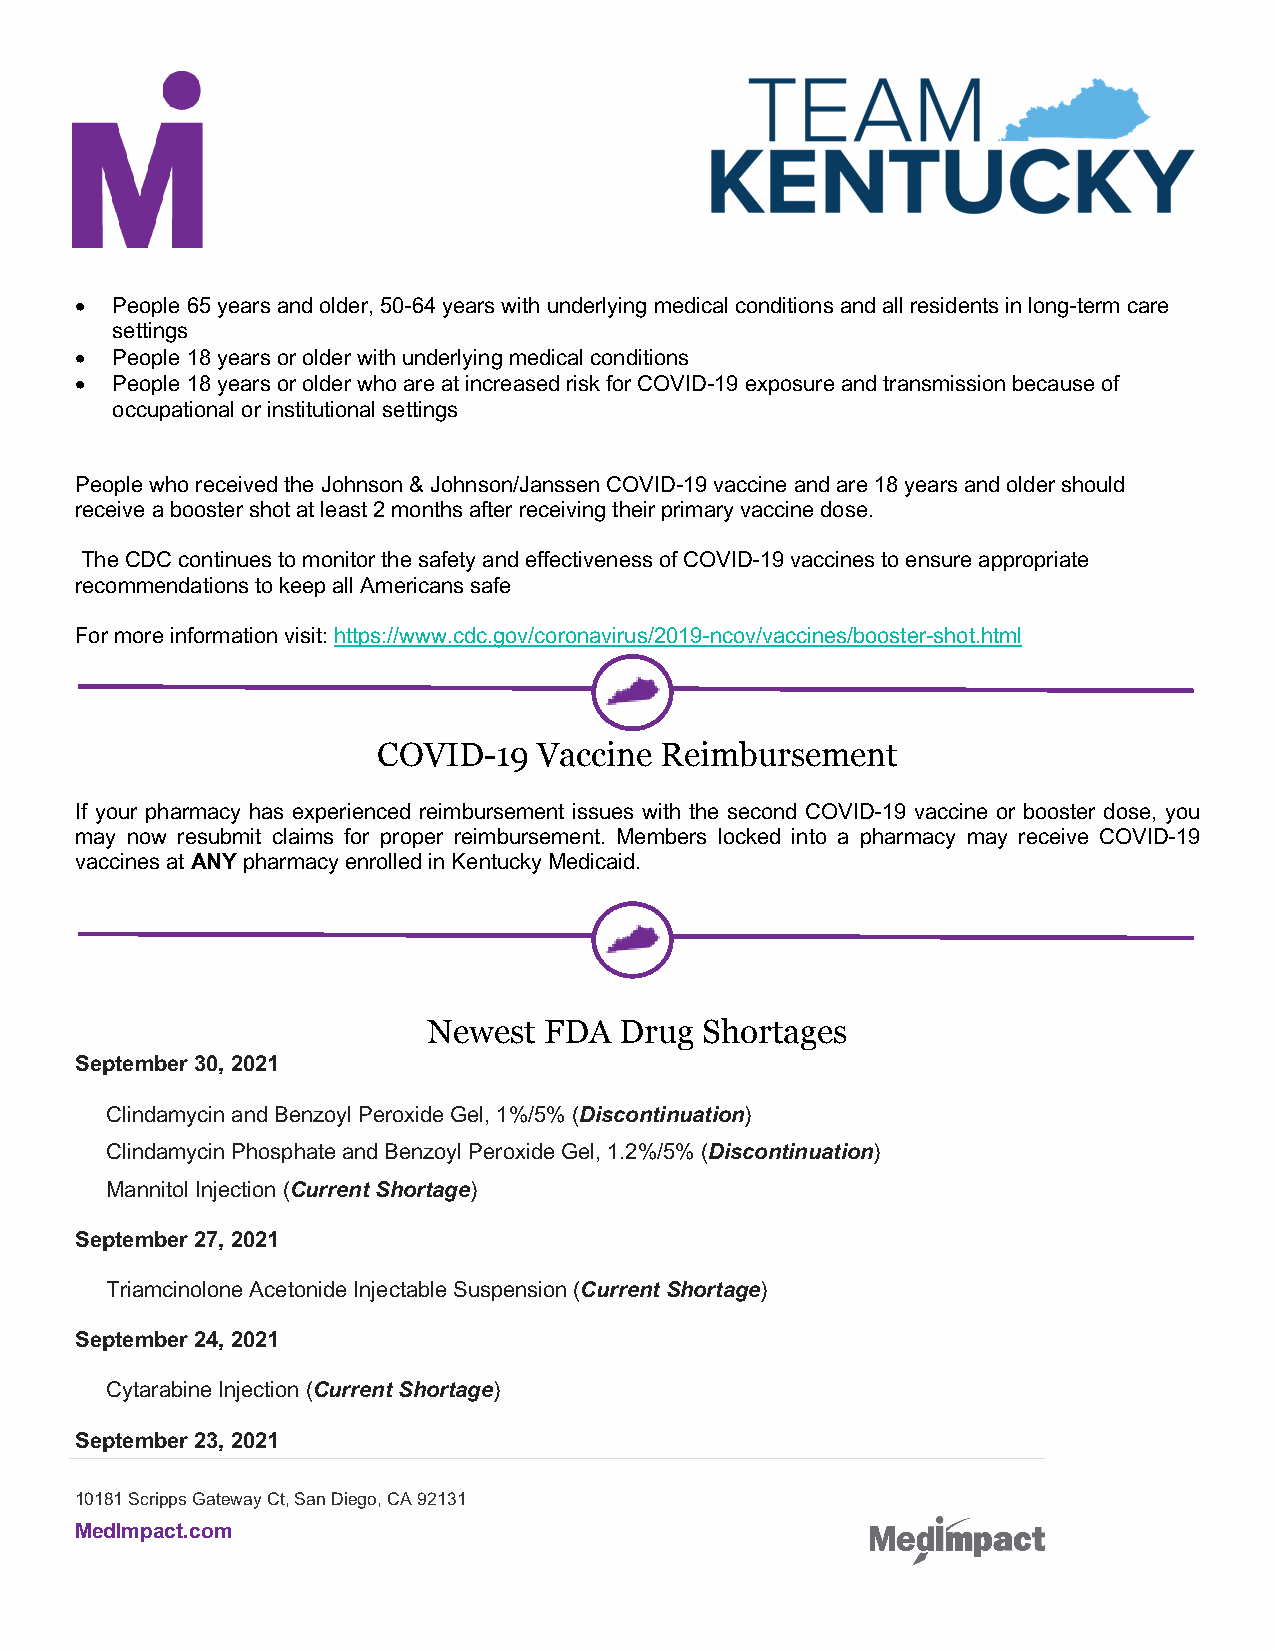
• People 65 years and older, 50-64 years with underlying medical conditions and all residents in long-term care
 settings
 • People 18 years or older with underlying medical conditions
 • People 18 years or older who are at increased risk for COVID-19 exposure and transmission because of
 occupational or institutional settings
 People who received the Johnson & Johnson/Janssen COVID-19 vaccine and are 18 years and older should
 receive a booster shot at least 2 months after receiving their primary vaccine dose.
 The CDC continues to monitor the safety and effectiveness of COVID-19 vaccines to ensure appropriate
 recommendations to keep all Americans safe
 For more information visit: https://www.cdc.gov/coronavirus/2019-ncov/vaccines/booster-shot.html
 COVID-19   Vaccine Reimbursement
 If your pharmacy has experienced reimbursement issues with the second COVID-19 vaccine or booster dose, you
 may now resubmit claims for proper reimbursement. Members locked into a pharmacy may receive COVID-19
 vaccines at ANY pharmacy enrolled in Kentucky Medicaid.
 Newest  FDA  Drug Shortages
 September 30, 2021
 Clindamycin and Benzoyl Peroxide Gel, 1%/5% (Discontinuation)
 Clindamycin Phosphate and Benzoyl Peroxide Gel, 1.2%/5% (Discontinuation)
 Mannitol Injection (Current Shortage)
 September 27, 2021
 Triamcinolone Acetonide Injectable Suspension (Current Shortage)
 September 24, 2021
 Cytarabine Injection (Current Shortage)
 September 23, 2021
 10181 Scripps Gateway Ct, San Diego, CA 92131
 MedImpact.com